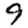
Digit: 9